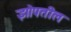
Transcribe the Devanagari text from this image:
झोपतील